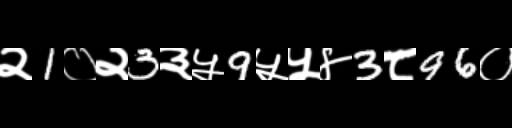
Text: २1०२3३५9५५४3८96०